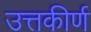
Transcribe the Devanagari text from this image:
उत्तकीर्ण